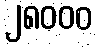
၂၈၀၀၀